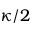
\kappa / 2